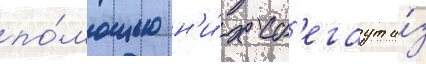
по́мощью н'и́х сб'егаут и́з